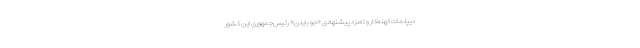
دیپلمات کهنه‌کار و نامزد پیشنهادی «جو بایدن» رئیس‌جمهوری این کشور